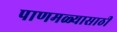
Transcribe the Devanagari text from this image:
पाणमळ्यासाठी